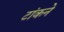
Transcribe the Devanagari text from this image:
टांकने